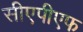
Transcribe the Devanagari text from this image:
सीएपीएफ